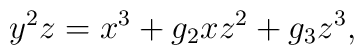
y^{2}z = x^{3} + g_{2}xz^{2} +g_{3}z^{3},